Report on lock hospitals in British Burma
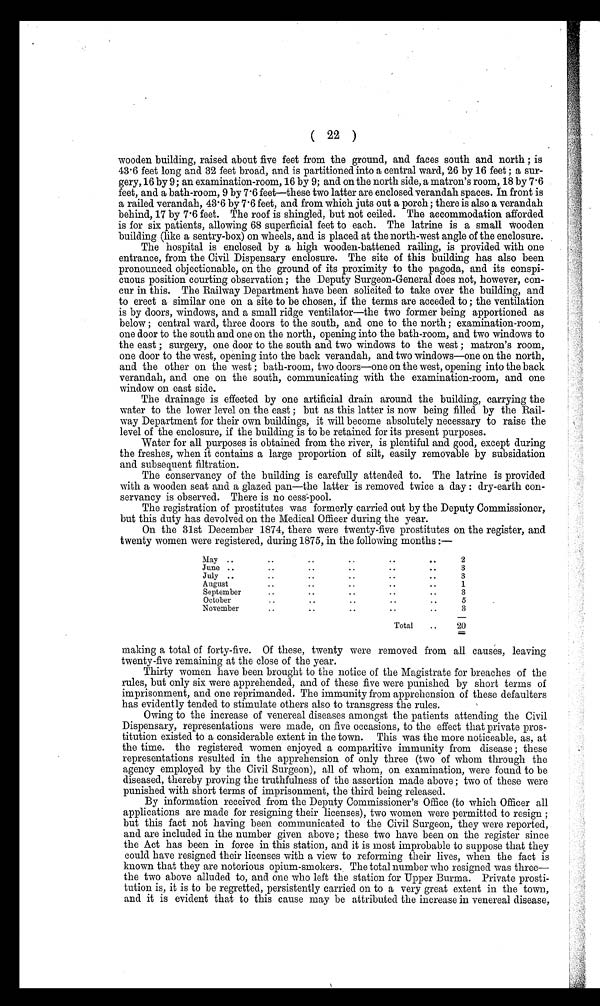
( 22 )
wooden building, raised about five feet from the ground, and faces south and north ; is
43 . 6 feet long and 32 feet broad, and is partitioned into a central ward, 26 by 16 feet ; a sur-
gery,16 by 9; an examination-room, 16 by 9; and on the north side, a matron's room, 18 by 7.6
feet, and a bath-room, 9 by 7 . 6 feet—these two latter are enclosed verandah spaces. In front is
a railed verandah, 43 . 6 by 7 . 6 feet, and from which juts out a porch; there is also a verandah
behind, 17 by 7 . 6 feet. The roof is shingled, but not ceiled. The accommodation afforded
is for six patients, allowing 68 superficial feet to each. The latrine is a small wooden
building (like a sentry-box) on wheels, and is placed at the north-west angle of the enclosure.
The hospital is enclosed by a high wooden-battened railing, is provided with one
entrance, from the Civil Dispensary enclosure. The site of this building has also been
pronounced objectionable, on the ground of its proximity to the pagoda, and its conspi-
cuous position courting observation ; the Deputy Surgeon-General does not, however, con-
cur in this. The Railway Department have been solicited to take over the building, and
to erect a similar one on a site to be chosen, if the terms are acceded to ; the ventilation
is by doors, windows, and a small ridge ventilator—the two former being apportioned as
below ; central ward, three doors to the south, and one to the north; examination-room,
one door to the south and one on the north, opening into the bath-room, and two windows to
the east ; surgery, one door to the south and two windows to the west ; matron's room,
one door to the west, opening into the back verandah, and two windows—one on the north,
and the other on the west ; bath-room, two doors—one on the west, opening into the back
verandah, and one on the south, communicating with the examination-room, and one
window on east side.
The drainage is effected by one artificial drain around the building, carrying the
water to the lower level on the east ; but as this latter is now being filled by the Rail-
way Department for their own buildings, it will become absolutely necessary to raise the
level of the enclosure, if the building is to be retained for its present purposes.
Water for all purposes is obtained from the river, is plentiful and good, except during
the freshes, when it contains a large proportion of silt, easily removable by subsidation
and subsequent filtration.
The conservancy of the building is carefully attended to. The latrine is provided
with a wooden seat and a glazed pan—the latter is removed twice a day : dry-earth con-
servancy is observed. There is no cess-pool.
The registration of prostitutes was formerly carried out by the Deputy Commissioner,
but this duty has devolved on the Medical Officer during the year.
On the 31st December 1874, there were twenty-five prostitutes on the register, and
twenty women were registered, during 1875, in the following months :—
May ..
. .
2
June ..
3
July ..
3
August
1
September
3
October
5
November
3
Total
20
making a total of forty-five. Of these, twenty were removed from all causes, leaving
twenty-five remaining at the close of the year.
Thirty women have been brought to the notice of the Magistrate for breaches of the
rules, but only six were apprehended, and of these five were punished by short terms of
imprisonment, and one reprimanded. The immunity from apprehension of these defaulters
has evidently tended to stimulate others also to transgress the rules.
Owing to the increase of venereal diseases amongst the patients attending the Civil
Dispensary, representations were made, on five occasions, to the effect that private pros-
titution existed to a considerable extent in the town. This was the more noticeable, as, at
the time. the registered women enjoyed a comparitive immunity from disease ; these
representations resulted in the apprehension of only three (two of whom through the
agency employed by the Civil Surgeon), all of whom, on examination, were found to be
diseased, thereby proving the truthfulness of the assertion made above ; two of these were
punished with short terms of imprisonment, the third being released.
By information received from the Deputy Commissioner's Office (to which Officer all
applications are made for resigning their licenses), two women were permitted to resign ;
but this fact not having been communicated to the Civil Surgeon, they were reported,
and are included in the number given above ; these two have been on the register since
the Act has been in force in this station, and it is most improbable to suppose that they
could have resigned their licenses with a view to reforming their lives, when the fact is
known that they are notorious opium-smokers. The total number who resigned was three—
the two above alluded to, and one who left the station for Upper Burma. Private prosti-
tution is, it is to be regretted, persistently carried on to a very great extent in the town,
and it is evident that to this cause may be attributed the increase in venereal disease,